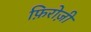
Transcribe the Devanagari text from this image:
फ़िरोज़ी